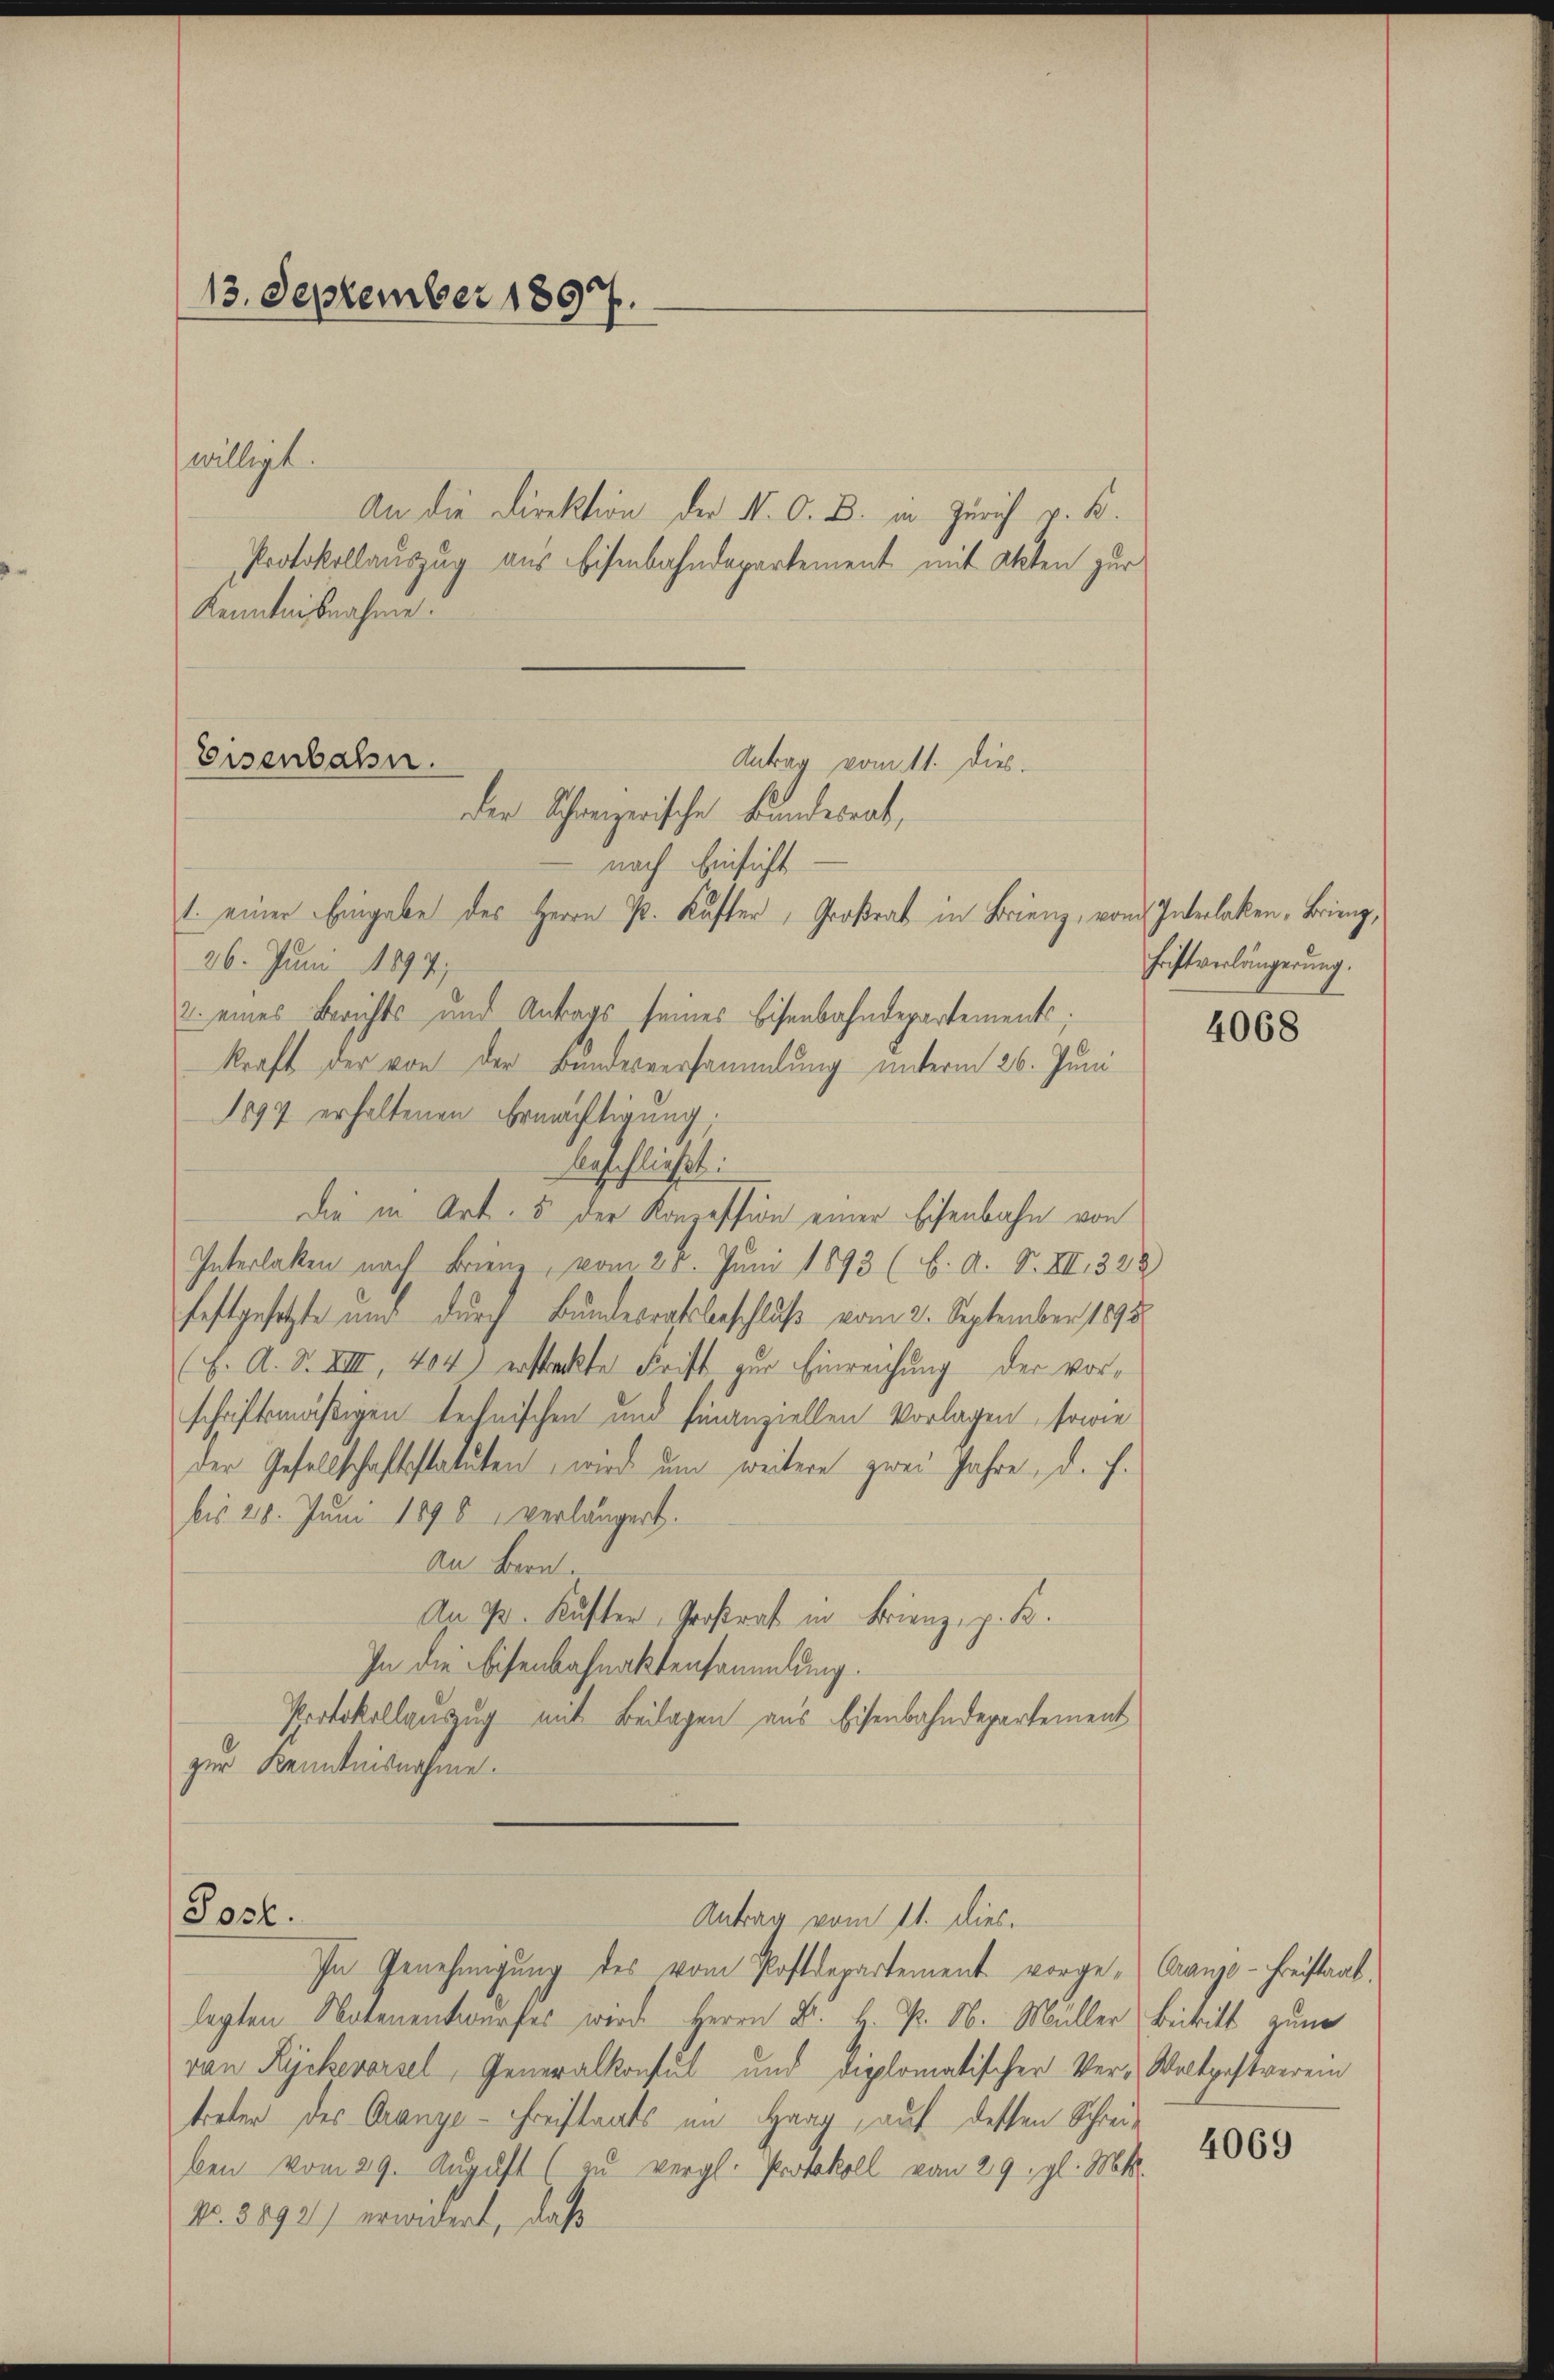
13. September 1897.

An die Direktion der N. O. B. in Zürich v. B.
Protokollauszug aus Eisenbahndepartement mit Akten zur
Kenntnisnahme.
Antrag vom 11. dies
nach Einsicht
1. einer Eingabe des Herrn P. Kuster, Großrat in Brienz, vom Interlaken, Brieng,
26. Juni 1897
2. eines Berichts und Antrags seines Eisenbahndepartements;
kraft der von der Bundesversammlung unterm 26. Juni
1897 erhaltenen Ermächtigung;
beschließt:
die in Art. 5 der Konzession einer Eisenbahn von
Interlaken nach Frienz, vom 28. Juni 1893 (b. A. S. XII. 338)
festgesetzte und durch Bundesratsbeschluß vom 2. September 1890
(F. A. d. VIII, 404) ersteckte Frist, zur Einreichung der vorschriftsmäßigen technischen und finanziellen Vorlagen, sowie
der Gesellschaftsstatuten, wird um weitere zwei Jahre, d. h.
bis 28. Juni 1898, verlängert.
An Bern.
An 70. Kuster, Großrat in Frienz, z. B.
In die Eisenbahnaktensammlung.
Protokollauszug mit Beilagen aus Eisenbahndepartement
zur Kenntnisnahme.

willigt.

Eisenbahn.
der Schweizerische Fundesrat,

In Genehmigŭng des vom Postdepartement vorge-Cranzo-Freistaat.
legten Notenentwurfes wird Herrn Dr. H. P. O. Müller Beitritt zum
von Rycheversel, Generalkonsul und diplomatischer Ver-Waltpestverein
treten des Orange-Freistaats im Haag, auf dessen Schreiben vom 29. August (zu vergl. Protokoll vom 29. gl. Mts.
No. 8892) erwidert, daß

Post.

Antrag vom 11. dies.

hristverlängerung.

4068

4069